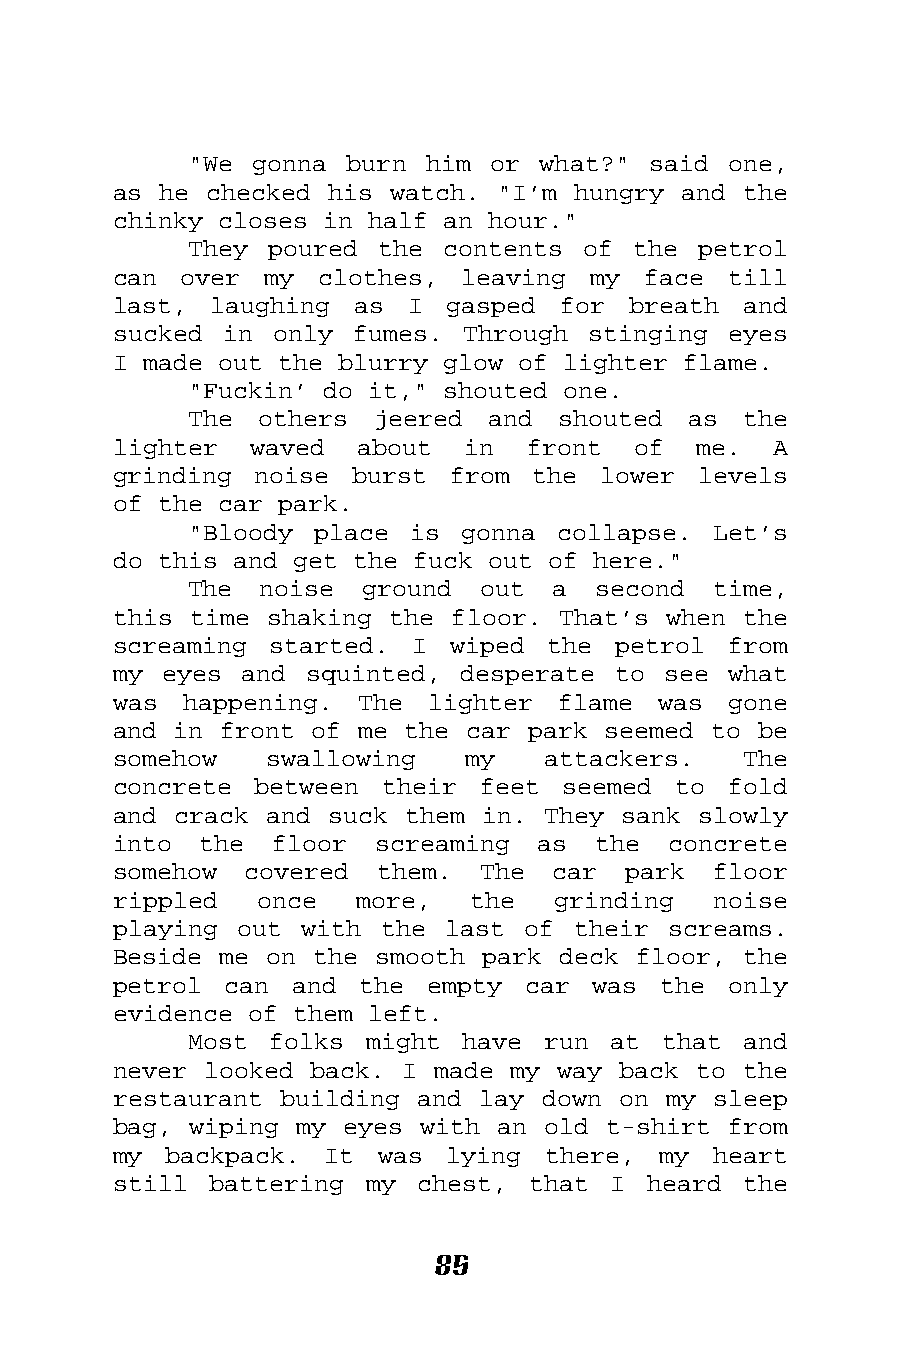
"We gonna burn  him or what?" said  one,
 as he checked his watch. "I’m hungry and  the
 chinky closes in half an hour."
 They poured the  contents of the  petrol
 can over  my clothes,  leaving my  face  till
 last, laughing  as I  gasped  for breath  and
 sucked in only  fumes. Through stinging  eyes
 I made out the blurry glow of lighter flame.
 "Fuckin’ do it," shouted one.
 The others  jeered  and shouted  as  the
 lighter  waved  about  in  front  of  me.   A
 grinding noise  burst from  the lower  levels
 of the car park.
 "Bloody place  is gonna collapse.  Let’s
 do this and get the fuck out of here."
 The  noise ground  out  a  second  time,
 this time shaking the floor. That’s when  the
 screaming started.  I wiped  the petrol  from
 my eyes and  squinted, desperate to see  what
 was happening.  The  lighter flame  was  gone
 and in front of me the car park seemed to  be
 somehow   swallowing   my   attackers.    The
 concrete between  their feet  seemed to  fold
 and crack and suck them in. They sank  slowly
 into  the floor  screaming  as  the  concrete
 somehow  covered them.  The  car  park  floor
 rippled  once   more,  the   grinding   noise
 playing out with  the last of their  screams.
 Beside me on the smooth park deck floor,  the
 petrol can  and the  empty car  was the  only
 evidence of them left.
 Most folks  might have run  at that  and
 never looked back. I made my way back to  the
 restaurant building and lay down on my  sleep
 bag, wiping my eyes with an old  t-shirt from
 my backpack.  It was  lying  there, my  heart
 still battering  my chest, that  I heard  the
 85